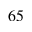
^ { 6 5 }